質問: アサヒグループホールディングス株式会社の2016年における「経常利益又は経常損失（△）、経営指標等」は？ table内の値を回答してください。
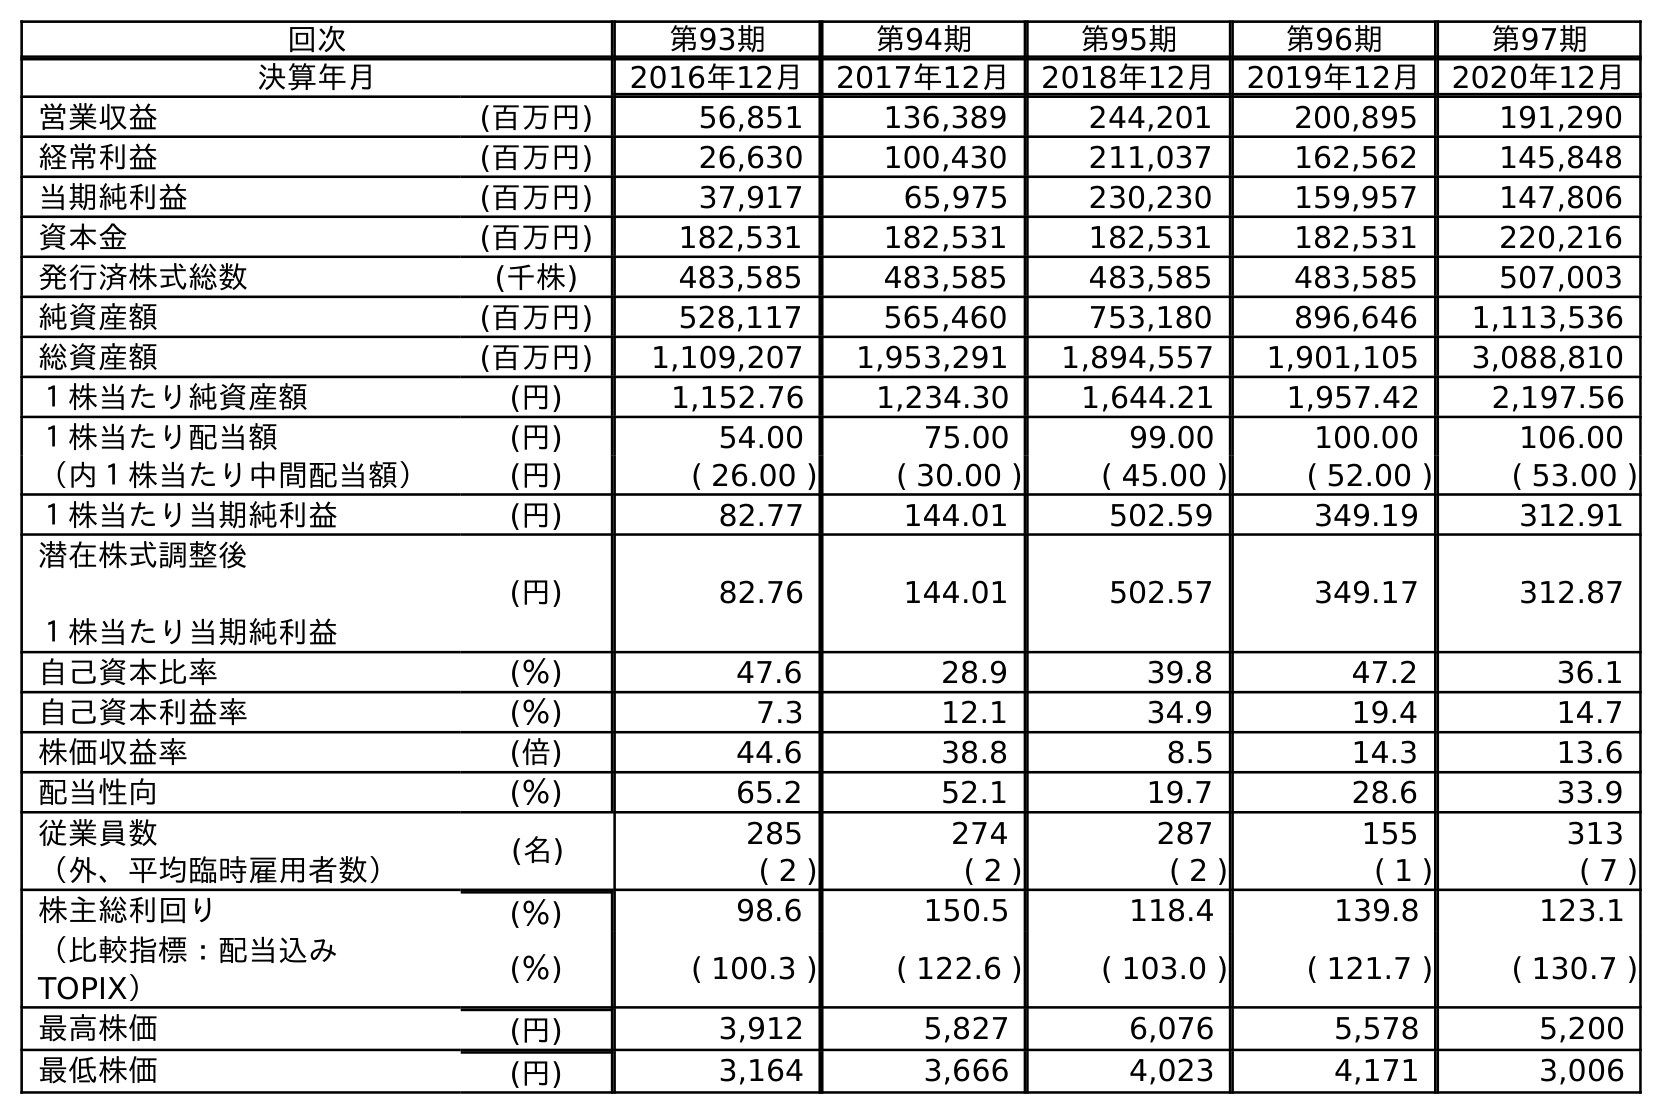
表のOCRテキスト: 回次 第93期 第94期 第95期 第96期 第97期 決算年月 2016年12月 2017年12月 2018年12月 2019年12月 2020年12月 営業収益 (百万円) 56,851 136,389 244,201 200,895 191,290 経常利益 (百万円) 26,630 100,430 211,037 162,562 145,848 当期純利益 (百万円) 37,917 65,975 230,230 159,957 147,806 資本金 (百万円) 182,531 182,531 182,531 182,531 220,216 発行済株式総数 (千株) 483,585 483,585 483,585 483,585 507,003 純資産額 (百万円) 528,117 565,460 753,180 896,646 1,113,536 総資産額 (百万円) 1,109,207 1,953,291 1,894,557 1,901,105 3,088,810 １株当たり純資産額 (円) 1,152.76 1,234.30 1,644.21 1,957.42 2,197.56 １株当たり配当額 (円) 54.00 75.00 99.00 100.00 106.00 （内１株当たり中間配当額） (円) ( 26.00 ) ( 30.00 ) ( 45.00 ) ( 52.00 ) ( 53.00 ) １株当たり当期純利益 (円) 82.77 144.01 502.59 349.19 312.91 潜在株式調整後 １株当たり当期純利益 (円) 82.76 144.01 502.57 349.17 312.87 自己資本比率 (％) 47.6 28.9 39.8 47.2 36.1 自己資本利益率 (％) 7.3 12.1 34.9 19.4 14.7 株価収益率 (倍) 44.6 38.8 8.5 14.3 13.6 配当性向 (％) 65.2 52.1 19.7 28.6 33.9 従業員数 (名) 285 274 287 155 313 （外、平均臨時雇用者数） ( 2 ) ( 2 ) ( 2 ) ( 1 ) ( 7 ) 株主総利回り (％) 98.6 150.5 118.4 139.8 123.1 （比較指標：配当込み TOPIX） (％) ( 100.3 ) ( 122.6 ) ( 103.0 ) ( 121.7 ) ( 130.7 ) 最高株価 (円) 3,912 5,827 6,076 5,578 5,200 最低株価 (円) 3,164 3,666 4,023 4,171 3,006
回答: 26,630